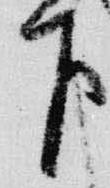
下